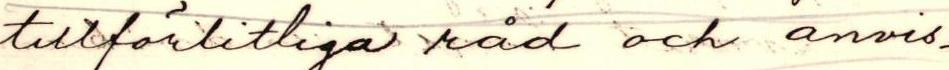
tillförlitliga råd och anvis-